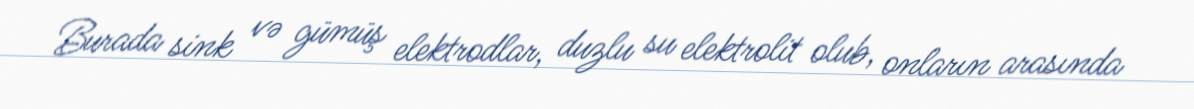
Burada sink və gümüş elektrodlar, duzlu su elektrolit olub, onların arasında